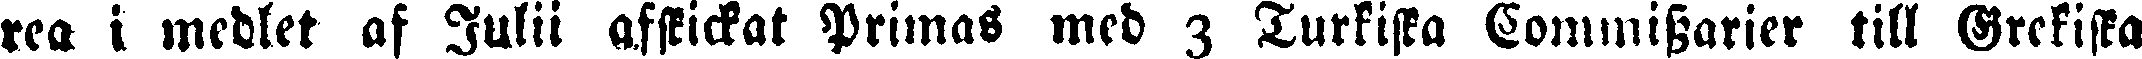
rea i medlet af Julii afskickat Primas med 3 Turkiska Commissarier till Grekiska